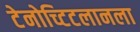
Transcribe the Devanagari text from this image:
टेनोच्टिटलानला